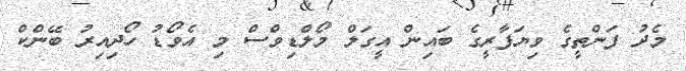
މެދު ފަންތީގެ ވިޔަފާރީގެ ބައިން އީގަލް މޯލްޑިވްސް މި އެވޯޑު ހޯދިއިރު ބޭންކް